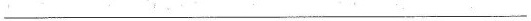
___